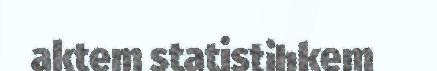
aktem statistihkem